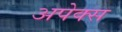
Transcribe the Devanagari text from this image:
अपेक्स